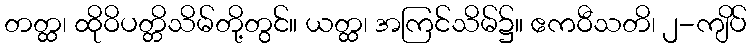
တတ္ထ၊ ထိုဝိပတ္တိသိမ်တို့တွင်။ ယတ္ထ၊ အကြင်သိမ်၌။ ဧကဝီသတိ၊ ၂-ကျိပ်